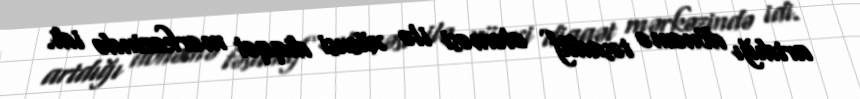
artdığı dönəmə təsadüf eləməsi ilə xüsusi diqqət mərkəzində idi.